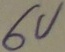
Text: 6V